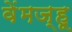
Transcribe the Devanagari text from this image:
वेंमज्हू